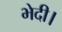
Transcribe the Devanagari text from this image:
भेदी।